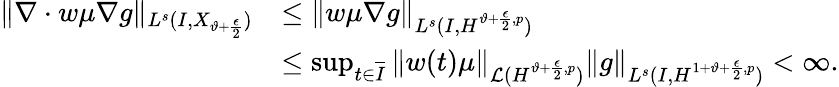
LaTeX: \begin{array}{rl}{\lVert\nabla\cdot w\mu\nabla g\rVert_{L^{s}(I,X_{\vartheta+\frac{\epsilon}{2}})}}&{\leq\lVert w\mu\nabla g\rVert_{L^{s}(I,H^{\vartheta+\frac{\epsilon}{2},p})}}\\ &{\leq\operatorname*{sup}_{t\in\overline{I}}\, \lVert w(t)\mu\rVert_{\mathcal{L}(H^{\vartheta+\frac{\epsilon}{2},p})}\lVert g\rVert_{L^{s}(I,H^{1+\vartheta+\frac{\epsilon}{2},p})}<\infty.}\end{array}